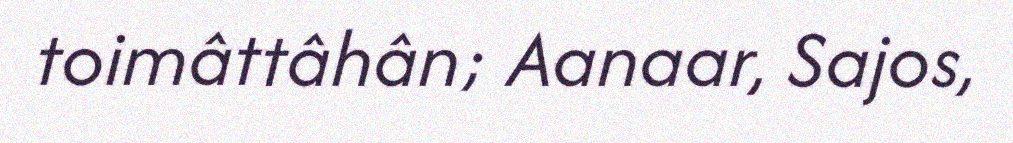
toimâttâhân; Aanaar, Sajos,